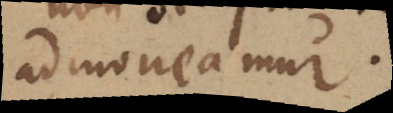
admoneamur.